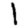
Digit: 1